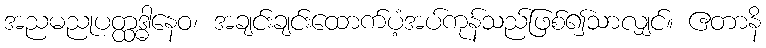
အညမညုပတ္ထဒ္ဓါနေဝ၊ အချင်းချင်းထောက်ပံ့အပ်ကုန်သည်ဖြစ်၍သာလျှင်။ ဧတာနိ